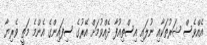
އެއްވެސް ޝަރުތަކާއި ނުލައި އިސްތިއުފާ ދެއްވުމަށް އޭރުގެ ސިފައިންގެ އެންމެ މަތީ ވެރިޔާ